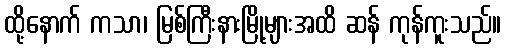
ထို့နောက် ကသာ၊ မြစ်ကြီးနားမြို့များအထိ ဆန် ကုန်ကူးသည်။